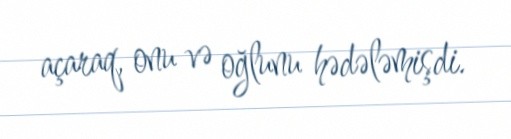
açaraq, onu və oğlunu hədələmişdi.